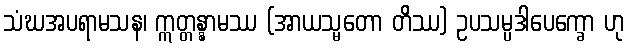
သံဃအပရာမသန၊ ဣတ္တန္နာမဿ (အာယသ္မတော တိဿ) ဥပသမ္ပဒါပေက္ခော ဟု